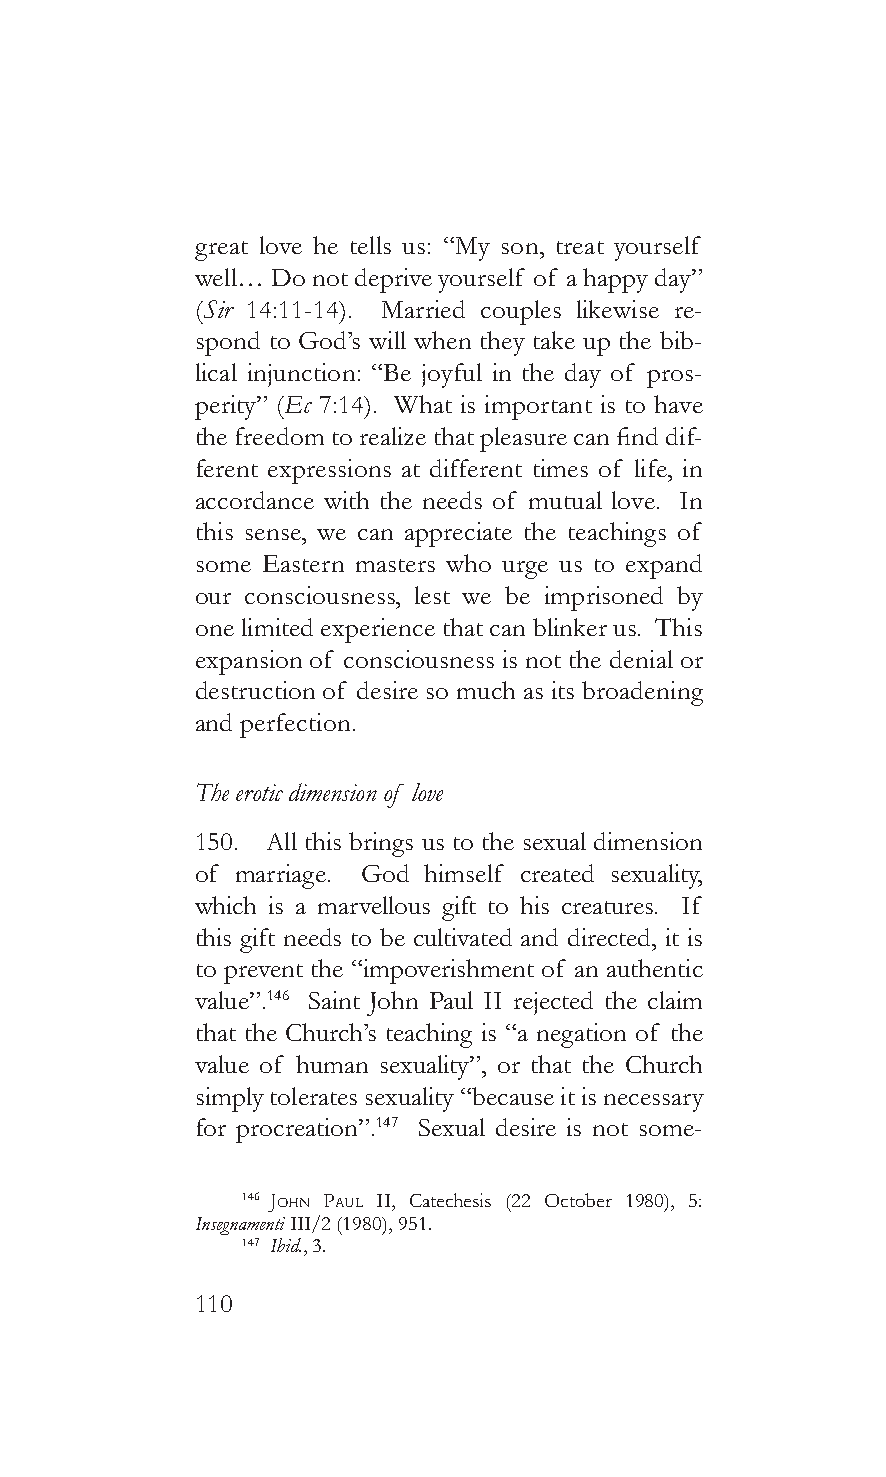
great love he tells us: “My son, treat yourself
 well… Do not deprive yourself of a happy day”
 (Sir 14:11-14). Married couples likewise re-
 spond to God’s will when they take up the bib-
 lical injunction: “Be joyful in the day of pros-
 perity” (Ec 7:14). What is important is to have
 the freedom to realize that pleasure can find dif-
 ferent expressions at different times of life, in
 accordance with the needs of mutual love. In
 this sense, we can appreciate the teachings of
 some Eastern masters who urge us to expand
 our consciousness, lest we be imprisoned by
 one limited experience that can blinker us. This
 expansion of consciousness is not the denial or
 destruction of desire so much as its broadening
 and perfection.
 The erotic dimension of love
 150. All this brings us to the sexual dimension
 of marriage. God himself created sexuality,
 which is a marvellous gift to his creatures. If
 this gift needs to be cultivated and directed, it is
 to prevent the “impoverishment of an authentic
 value”.146 Saint John Paul II rejected the claim
 that the Church’s teaching is “a negation of the
 value of human sexuality”, or that the Church
 simply tolerates sexuality “because it is necessary
 for procreation”.147 Sexual desire is not some-
 146 John pauL II, Catechesis (22 October 1980), 5:
 Insegnamenti III/2 (1980), 951.
 147 Ibid., 3.
 110